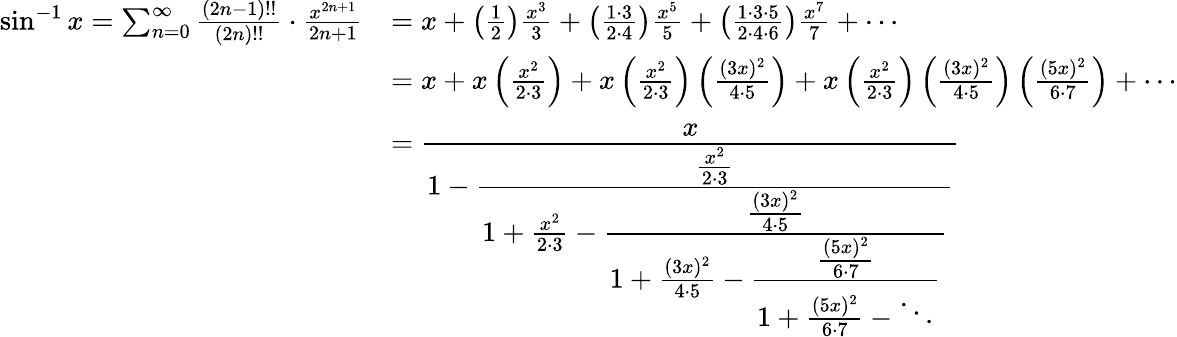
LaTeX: {\begin{array}{rl}{\sin^{-1}x=\sum_{n=0}^{\infty}{\frac{(2n-1)!!}{(2n)!!}}\cdot{\frac{x^{2n+1}}{2n+1}}}&{=x+\left({\frac{1}{2}}\right){\frac{x^{3}}{3}}+\left({\frac{1\cdot 3}{2\cdot 4}}\right){\frac{x^{5}}{5}}+\left({\frac{1\cdot 3\cdot 5}{2\cdot 4\cdot 6}}\right){\frac{x^{7}}{7}}+\cdots}\\ &{=x+x\left({\frac{x^{2}}{2\cdot 3}}\right)+x\left({\frac{x^{2}}{2\cdot 3}}\right)\left({\frac{(3x)^{2}}{4\cdot 5}}\right)+x\left({\frac{x^{2}}{2\cdot 3}}\right)\left({\frac{(3x)^{2}}{4\cdot 5}}\right)\left({\frac{(5x)^{2}}{6\cdot 7}}\right)+\cdots}\\ &{={\cfrac{x}{1-{\cfrac{\frac{x^{2}}{2\cdot 3}}{1+{\frac{x^{2}}{2\cdot 3}}-{\cfrac{\frac{(3x)^{2}}{4\cdot 5}}{1+{\frac{(3x)^{2}}{4\cdot 5}}-{\cfrac{\frac{(5x)^{2}}{6\cdot 7}}{1+{\frac{(5x)^{2}}{6\cdot 7}}-\ddots}}}}}}}}}\end{array}}